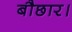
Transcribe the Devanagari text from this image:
बौछार।